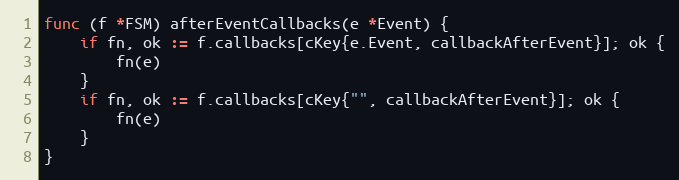
Language: Go
func (f *FSM) afterEventCallbacks(e *Event) {
	if fn, ok := f.callbacks[cKey{e.Event, callbackAfterEvent}]; ok {
		fn(e)
	}
	if fn, ok := f.callbacks[cKey{"", callbackAfterEvent}]; ok {
		fn(e)
	}
}